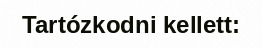
Tartózkodni kellett: